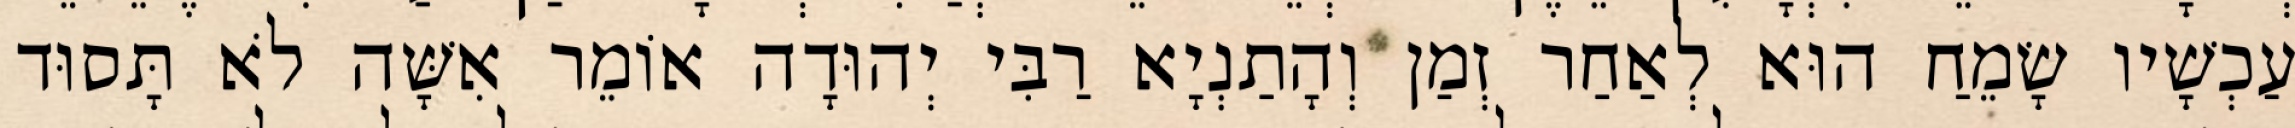
עַכְשָׁיו שָׂמֵחַ הוּא לְאַחַר זְמַן וְהָתַנְיָא רַבִּי יְהוּדָה אוֹמֵר אִשָּׁה לֹא תָּסוּד